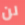
لن